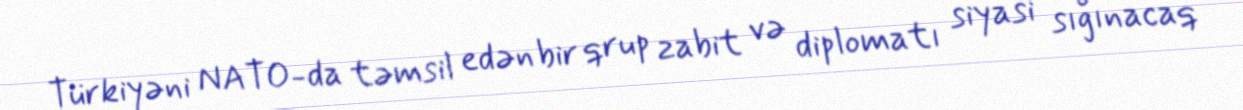
Türkiyəni NATO-da təmsil edən bir qrup zabit və diplomatı siyasi sığınacaq